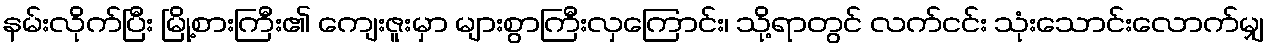
နမ်းလိုက်ပြီး မြို့စားကြီး၏ ကျေးဇူးမှာ များစွာကြီးလှကြောင်း၊ သို့ရာတွင် လက်ငင်း သုံးသောင်းလောက်မျှ